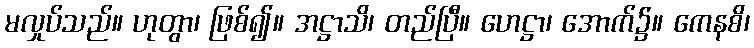
မလှုပ်သည်။ ဟုတွာ၊ ဖြစ်၍။ အဋ္ဌာသိ၊ တည်ပြီ။ ဟေဋ္ဌာ၊ အောက်၌။ ကေနစိ၊